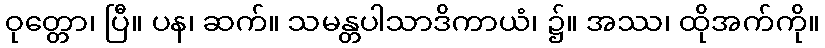
ဝုတ္တော၊ ပြီ။ ပန၊ ဆက်။ သမန္တပါသာဒိကာယံ၊ ၌။ အဿ၊ ထိုအက်ကို။